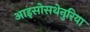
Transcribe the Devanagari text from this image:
आइसोसथेनुरिया